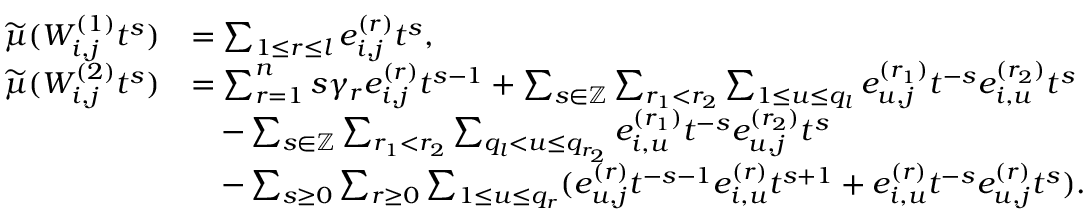
\begin{array} { r l } { \widetilde { \mu } ( W _ { i , j } ^ { ( 1 ) } t ^ { s } ) } & { = \sum _ { 1 \leq r \leq l } e _ { i , j } ^ { ( r ) } t ^ { s } , } \\ { \widetilde { \mu } ( W _ { i , j } ^ { ( 2 ) } t ^ { s } ) } & { = \sum _ { r = 1 } ^ { n } s \gamma _ { r } e _ { i , j } ^ { ( r ) } t ^ { s - 1 } + \sum _ { s \in \mathbb { Z } } \sum _ { r _ { 1 } < r _ { 2 } } \sum _ { 1 \leq u \leq q _ { l } } e _ { u , j } ^ { ( r _ { 1 } ) } t ^ { - s } e _ { i , u } ^ { ( r _ { 2 } ) } t ^ { s } } \\ & { \quad - \sum _ { s \in \mathbb { Z } } \sum _ { r _ { 1 } < r _ { 2 } } \sum _ { q _ { l } < u \leq q _ { r _ { 2 } } } e _ { i , u } ^ { ( r _ { 1 } ) } t ^ { - s } e _ { u , j } ^ { ( r _ { 2 } ) } t ^ { s } } \\ & { \quad - \sum _ { s \geq 0 } \sum _ { r \geq 0 } \sum _ { 1 \leq u \leq q _ { r } } ( e _ { u , j } ^ { ( r ) } t ^ { - s - 1 } e _ { i , u } ^ { ( r ) } t ^ { s + 1 } + e _ { i , u } ^ { ( r ) } t ^ { - s } e _ { u , j } ^ { ( r ) } t ^ { s } ) . } \end{array}